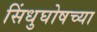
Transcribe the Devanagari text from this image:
सिंधुघोषच्या